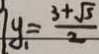
7 y _ { 1 } = \frac { 3 + \sqrt { 5 } } { 2 }